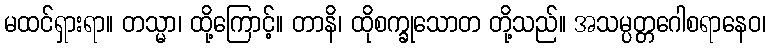
မထင်ရှားရာ။ တသ္မာ၊ ထို့ကြောင့်။ တာနိ၊ ထိုစက္ခုသောတ တို့သည်။ အသမ္ပတ္တဂေါစရာနေဝ၊